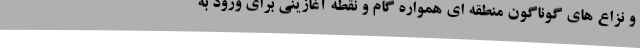
و نزاع های گوناگون منطقه ای همواره گام و نقطه آغازینی برای ورود به